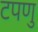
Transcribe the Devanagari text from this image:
टपणु